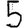
Digit: 5